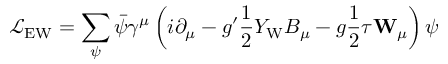
{ \mathcal { L } } _ { \mathrm { E W } } = \sum _ { \psi } { \bar { \psi } } \gamma ^ { \mu } \left( i \partial _ { \mu } - g ^ { \prime } { \frac { 1 } { 2 } } Y _ { \mathrm { W } } B _ { \mu } - g { \frac { 1 } { 2 } } { \boldsymbol { \tau } } \mathbf { W } _ { \mu } \right) \psi